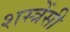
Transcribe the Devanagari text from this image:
शस्त्रेंसी